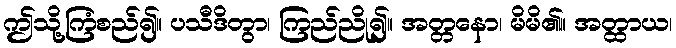
ဤသို့ကြံစည်၍။ ပသီဒိတွာ၊ ကြည်ညို၍။ အတ္တနော၊ မိမိ၏။ အတ္ထာယ၊